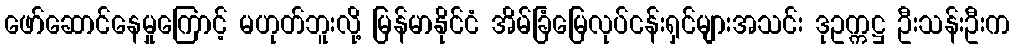
ဖော်ဆောင်နေမှုကြောင့် မဟုတ်ဘူးလို့ မြန်မာနိုင်ငံ အိမ်ခြံမြေလုပ်ငန်းရှင်များအသင်း ဒုဥက္ကဋ္ဌ ဦးသန်းဦးက